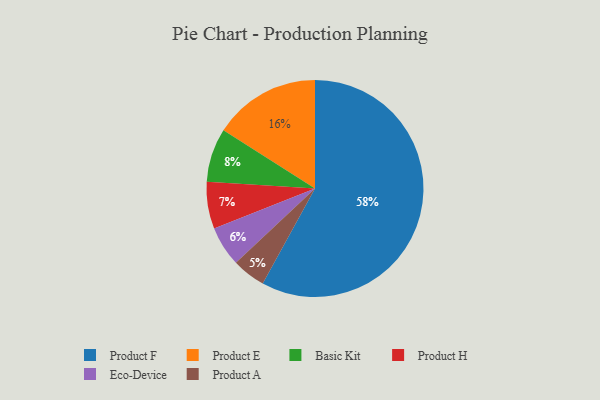
{"axis": {"x": "Category", "y": "Percentage"}, "legend": ["Basic Kit", "Eco-Device", "Product A", "Product E", "Product F", "Product H"], "data": [{"x": "Product A", "y": 5, "type": "Product A"}, {"x": "Basic Kit", "y": 8, "type": "Basic Kit"}, {"x": "Product E", "y": 16, "type": "Product E"}, {"x": "Eco-Device", "y": 6, "type": "Eco-Device"}, {"x": "Product H", "y": 7, "type": "Product H"}, {"x": "Product F", "y": 58, "type": "Product F"}]}